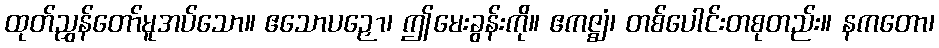
ထုတ်ညွှန်တော်မူအပ်သော။ ဧသောပဉှော၊ ဤမေးခွန်းကို။ ဧကဇ္ဈံ၊ တစ်ပေါင်းတစုတည်း။ နကတော၊